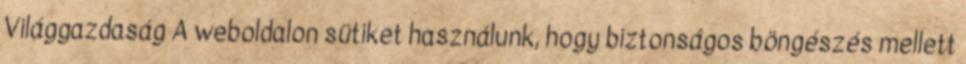
Világgazdaság A weboldalon sütiket használunk, hogy biztonságos böngészés mellett